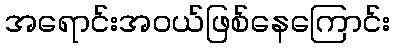
အရောင်းအဝယ်ဖြစ်နေကြောင်း